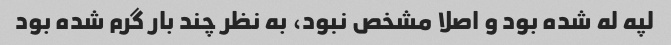
لپه له شده بود و اصلا مشخص نبود، به نظر چند بار گرم شده بود